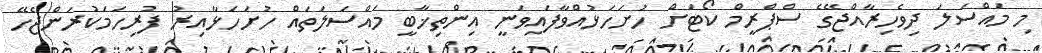
މި މައްސަލަ ދިވެހިރާއްޖޭގެ ސްޕްރީމް ކޯޓަށް ހުށަހަޅުއްވާފައިވަނީ އިންތިޚާބީ މައްސަލަތައް ހުށަހަޅާއިރު ފުރިހަމަކުރަންޖެހޭ